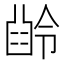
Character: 𠎜